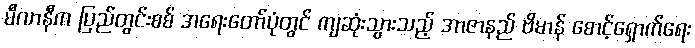
မီလာနီက ပြည်တွင်းစစ် အရေးတော်ပုံတွင် ကျဆုံးသွားသည့် အာဇာနည် ဗိမာန် စောင့်ရှောက်ရေး